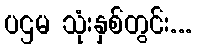
ပဌမ သုံးနှစ်တွင်း...